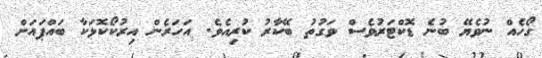
ގޯހެއް ނުވެޔޭ ބުނެ ޑޮކްޓަރުވެސް ވަގުތު ބޭކާރު ކުރިއެވެ. އަހަރެން އިރުކޯކޮޅަކާ ބައްޕައަށް